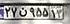
۲۷ن۹۵۵۱۳